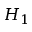
H _ { 1 }